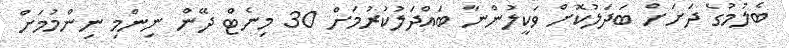
ބެލުމުގެ ދަށަށް ބަދަލުކޮށް ވަކީލުންނާ ބައްދަލުކުރުމަށް 30 މިނެޓް ދޭން ނިންމި ނިންމުމަށް